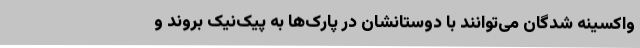
واکسینه شدگان می‌توانند با دوستانشان در پارک‌ها به پیک‌نیک بروند و